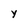
Character: Y